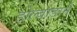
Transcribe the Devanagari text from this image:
डोल्बाडार्न